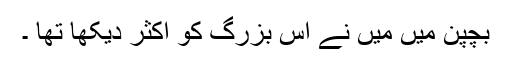
بچپن میں میں نے اس بزرگ کو اکثر دیکھا تھا ۔